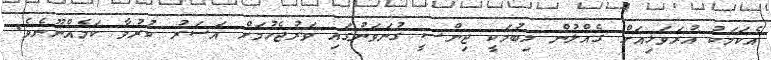
އެކަމަކު އުރަވަޅިއަށް ގެއްލުން ލިބުމަކީ ޖިންސީ ގުނަވަނުގައި ވަރުޖެހުމަށް އަސަރު ކުރުވާ ކަމެއްނޫނެވެ.